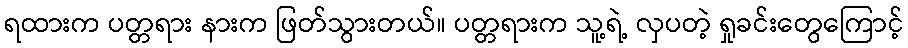
ရထားက ပတ္တရား နားက ဖြတ်သွားတယ်။ ပတ္တရားက သူ့ရဲ့ လှပတဲ့ ရှုခင်းတွေကြောင့်